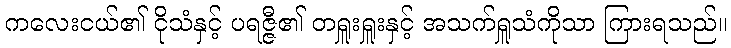
ကလေးငယ်၏ ငိုသံနှင့် ပရဇ္ဇီ၏ တရှူးရှူးနှင့် အသက်ရှူသံကိုသာ ကြားရသည်။